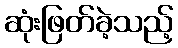
ဆုံးဖြတ်ခဲ့သည့်